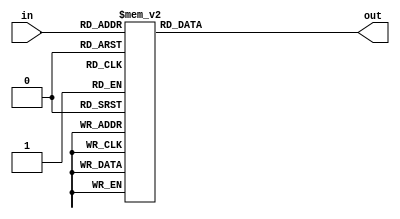
module Hexdisplay(out, in);
    input [3:0] in;
    output [6:0] out;

    reg [6:0] num;

    always @ (*)
    begin
        case (in[3:0])
            4'b0000: num[6:0] = 7'b1000000; //0
            4'b0001: num[6:0] = 7'b1111001; //1
            4'b0010: num[6:0] = 7'b0100100; //2
            4'b0011: num[6:0] = 7'b0110000; //3
            4'b0100: num[6:0] = 7'b0011001; //4
            4'b0101: num[6:0] = 7'b0010010; //5
            4'b0110: num[6:0] = 7'b0000010; //6
            4'b0111: num[6:0] = 7'b1111000; //7
            4'b1000: num[6:0] = 7'b0000000; //8
            4'b1001: num[6:0] = 7'b0010000; //9
            4'b1010: num[6:0] = 7'b0001000; //A
            4'b1011: num[6:0] = 7'b0000011; //b
            4'b1100: num[6:0] = 7'b1000110; //C
            4'b1101: num[6:0] = 7'b0100001; //d
            4'b1110: num[6:0] = 7'b0000110; //E
            4'b1111: num[6:0] = 7'b0001110; //F
            default: num[6:0] = 7'b1111111;
       endcase
    end

    assign out[6:0] = num[6:0];
    
endmodule